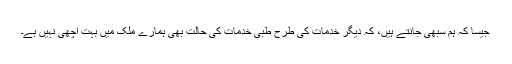
جیسا کہ ہم سبھی جانتے ہیں، کہ دیگر خدمات کی طرح طبی خدمات کی حالت بھی ہمارے ملک میں بہت اَچّھی نہیں ہے۔